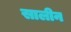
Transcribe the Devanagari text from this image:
सालीन